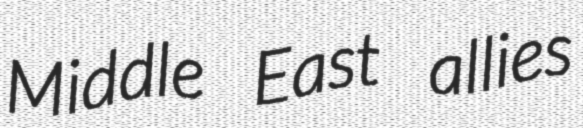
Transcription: Middle East allies